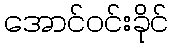
အောင်ဝင်းခိုင်